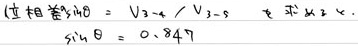
( 位相差 )$\sin\theta = V_{3 - 4}/V_{3 - 5}$ 或 以上，
$\sin\theta = 0.847$